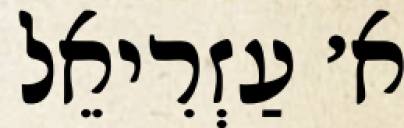
א׳ עַזְרִיאֵל